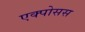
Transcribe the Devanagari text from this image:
एक्पोसस